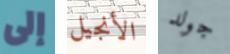
إلى الأنجيل جولد